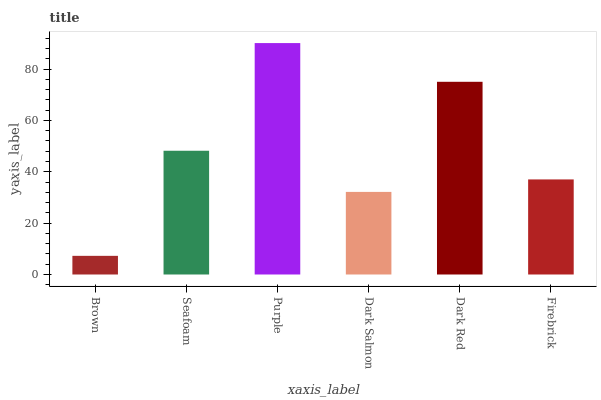
| xaxis_label | bars |
 | --- | --- |
 | Brown | 7.27 |
 | Seafoam | 48.2 |
 | Purple | 90.1 |
 | Dark Salmon | 32.2 |
 | Dark Red | 75 |
 | Firebrick | 37 |